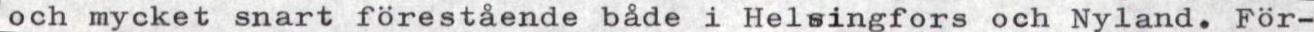
och mycket snart förestående både i Helsingfors och Nyland. För-